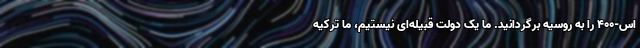
اس-۴۰۰ را به روسیه برگردانید. ما یک دولت قبیله‌ای نیستیم، ما ترکیه